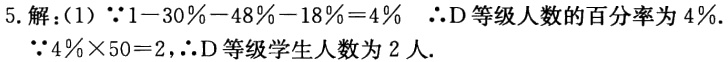
5. 解：(1)  \(\because 1 - 30\% - 48\% - 18\% = 4\%\)  \(\therefore\)D等级人数的百分率为 \(4\%\).
\(\because 4\% \times 50 = 2\)，\(\therefore\)D等级学生人数为 \(2\) 人.